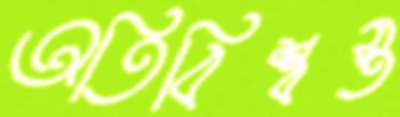
অতিবিশ্বস্ত